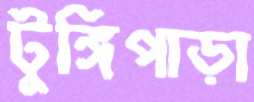
টুঙ্গিপাড়া